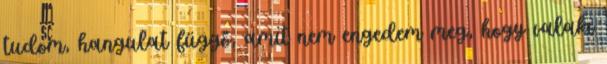
tudom, hangulat függő, amit nem engedem meg, hogy valaki